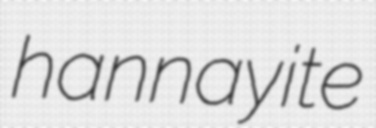
hannayite